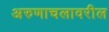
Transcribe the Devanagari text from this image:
अरुणाचलावरील